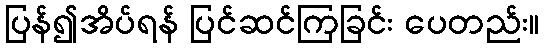
ပြန်၍အိပ်ရန် ပြင်ဆင်ကြခြင်း ပေတည်း။